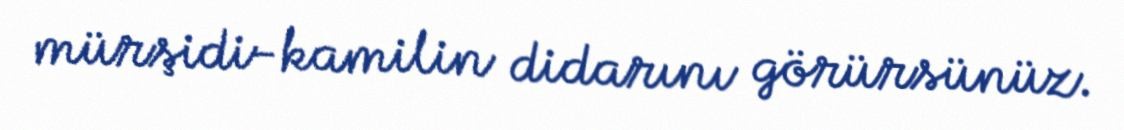
mürşidi-kamilin didarını görürsünüz.